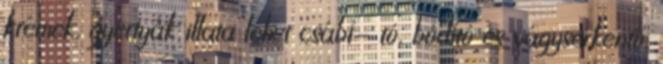
krémek, gyertyák illata lehet csábí- tó, bódító és vágyserkentő.